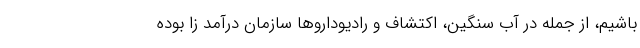
باشیم، از جمله در آب سنگین، اکتشاف و رادیوداروها سازمان درآمد زا بوده